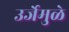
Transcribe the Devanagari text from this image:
उर्जेमुळे